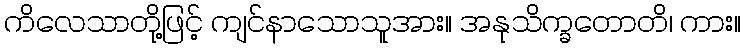
ကိလေသာတို့ဖြင့် ကျင်နာသောသူအား။ အနုသိက္ခတောတိ၊ ကား။